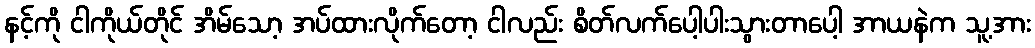
နင့်ကို ငါကိုယ်တိုင် အိမ်သော့ အပ်ထားလိုက်တော့ ငါလည်း စိတ်လက်ပေါ့ပါးသွားတာပေါ့ အာယနဲက သူ့အား